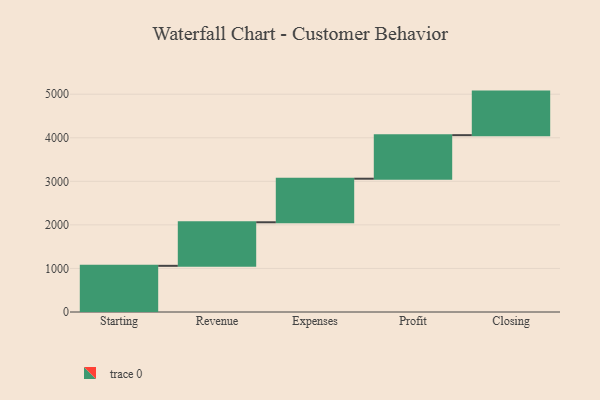
{"axis": {"x": "Step", "y": "Value"}, "legend": [""], "data": [{"x": "Starting", "y": 1060.0, "type": ""}, {"x": "Revenue", "y": 1000, "type": ""}, {"x": "Expenses", "y": 1000, "type": ""}, {"x": "Profit", "y": 1000, "type": ""}, {"x": "Closing", "y": 1000, "type": ""}]}